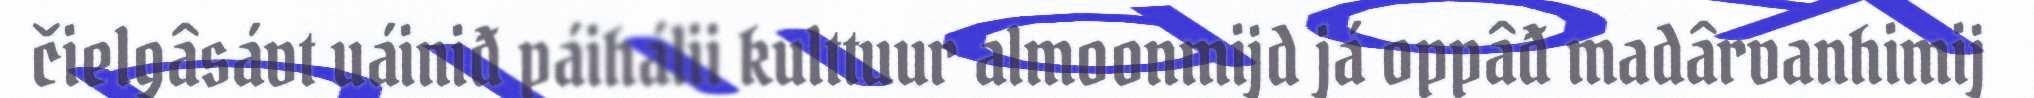
čielgâsávt uáiniđ páihálii kulttuur almoonmijd já oppâđ madârvanhimij